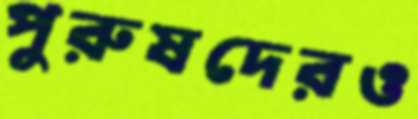
পুরুষদেরও